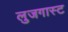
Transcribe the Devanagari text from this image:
लुजगास्ट